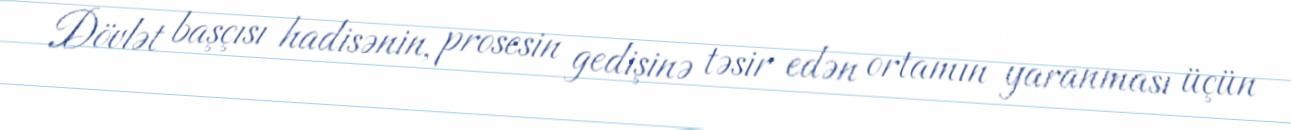
Dövlət başçısı hadisənin, prosesin gedişinə təsir edən ortamın yaranması üçün